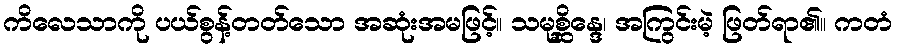
ကိလေသာကို ပယ်စွန့်တတ်သော အဆုံးအမဖြင့်။ သမုစ္ဆိန္ဒေ၊ အကြွင်းမဲ့ ဖြတ်ရာ၏။ ကတံ